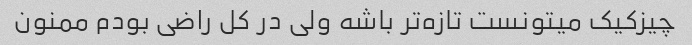
چیزکیک میتونست تازه‌تر باشه ولی در کل راضی بودم ممنون